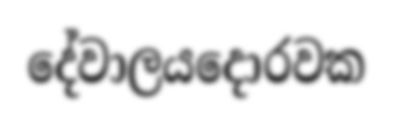
දේවාලයදොරවක